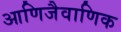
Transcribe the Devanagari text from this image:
आणिजैवाणिक